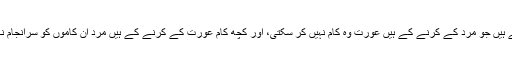
کچھ کام ایسے ہیں جو مرد کے کرنے کے ہیں عورت وہ کام نہیں کر سکتی، اور کچھ کام عورت کے کرنے کے ہیں مرد ان کاموں کو سرانجام نہیں دے سکتا۔